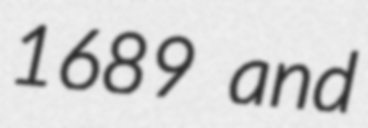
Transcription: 1689 and